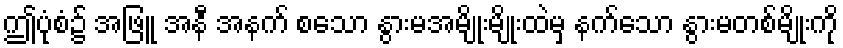
ဤပုံစံ၌ အဖြူ အနီ အနက် စသော နွားမအမျိုးမျိုးထဲမှ နက်သော နွားမတစ်မျိုးကို